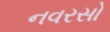
નવરસો